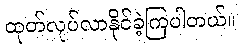
ထုတ်လုပ်လာနိုင်ခဲ့ကြပါတယ်။